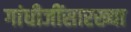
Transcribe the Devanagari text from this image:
गांधीजींसारख्या